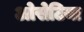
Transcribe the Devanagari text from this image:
ओसेटिया